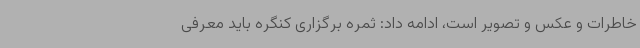
خاطرات و عکس و تصویر است، ادامه داد: ثمره برگزاری کنگره باید معرفی